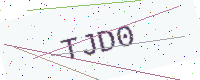
Text: TJD0